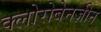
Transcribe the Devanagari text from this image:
क्लोरोबेनज़ीन